Annual report of the Imperial Bacteriologist
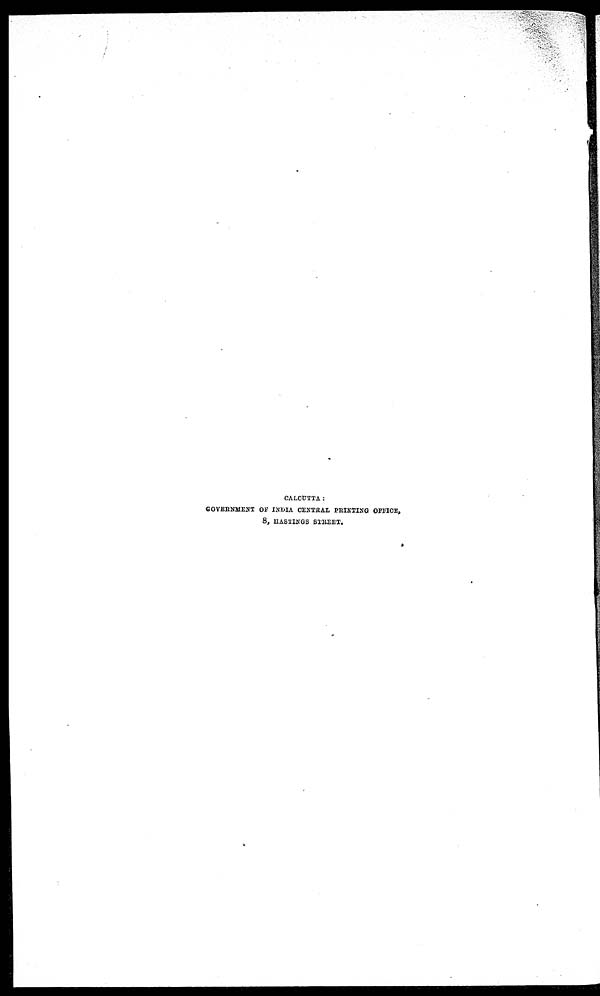
CALCUTTA:
GOVERNMENT OF INDIA CENTRAL PRINTING OFFICE,
8, HASTINGS STREET.